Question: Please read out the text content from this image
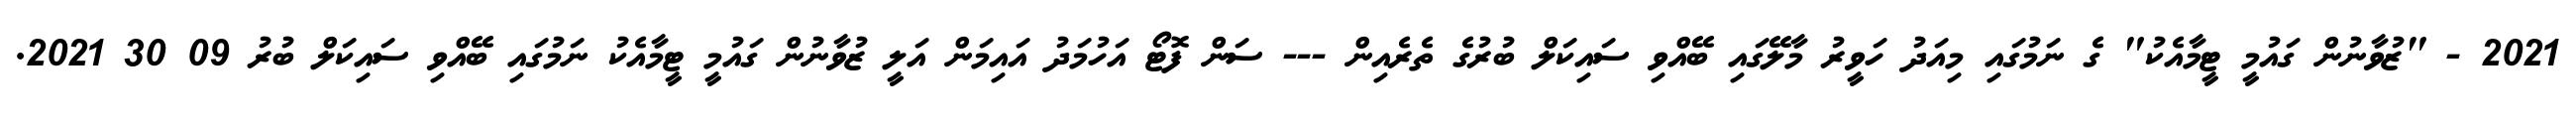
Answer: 2021 - "ޒުވާނުން ގައުމީ ޓީމާއެކު" ގެ ނަމުގައި މިއަދު ހަވީރު މާލޭގައި ބޭއްވި ސައިކަލް ބުރުގެ ތެރެއިން --- ސަން ފޮޓޯ އަހުމަދު އައިމަން އަލީ ޒުވާނުން ގައުމީ ޓީމާއެކު ނަމުގައި ބޭއްވި ސައިކަލް ބުރު 09 30 2021.